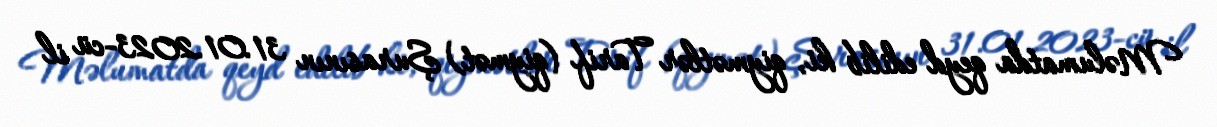
Məlumatda qeyd edilib ki, qiymətlər Tarif (qiymət) Şurasının 31.01.2023-cü il